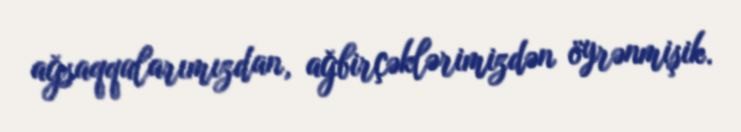
ağsaqqalarımızdan, ağbirçəklərimizdən öyrənmişik.